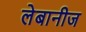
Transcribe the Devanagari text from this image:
लेबानीज